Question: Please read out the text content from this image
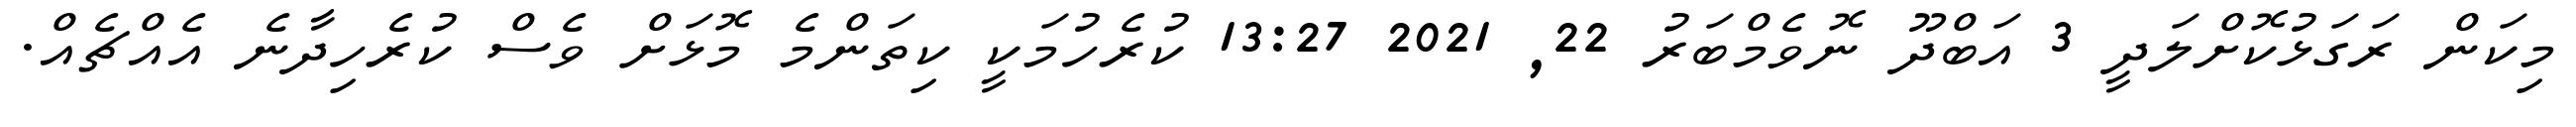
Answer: މިކަން ރަގަޅުކޮށްލަދީ 3 އަބްދޫ ނޮވެމްބަރު 22, 2021 13:27 ކުރެހުމަކީ ކިތަންމެ މޮޅަށް ވެސް ކުރެހިދާނެ އެއްޗެއް.